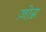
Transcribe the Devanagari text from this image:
ज़ोग्न